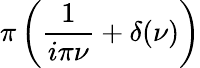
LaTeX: \pi\left({\frac{1}{i\pi\nu}}+\delta(\nu)\right)